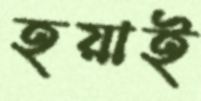
হয়াই